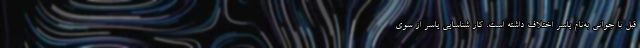
قبل با جوانی به‌نام یاسر اختلاف داشته است. کار شناسایی یاسر از سوی